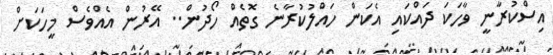
އިސްކުރާނީ ވާހަކަ ދައްކައި އެކަން ހައްލުކުރާނެ ގޮތެއް ހޯދުން.. އޭރުން އެއްވެސް މީހަކަށް